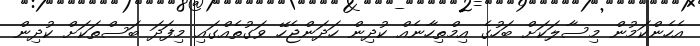
އެހެންކަމުން މިސާލަކަށް ބަހުގެ އިމްތިހާނެއް ކުދިން ހަދަންޖެހޭ ވަގުތެއްގައި މިފަދަ ބަސްތަކަށް ކުދިން